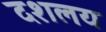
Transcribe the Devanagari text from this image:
दशलय